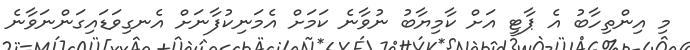
މި އިންތިހާބު އެ ޕާޓީ އަށް ކާމިޔާބު ނުވާނެ ކަމަށް އެމަނިކުފާނަށް އެނގިވަޑައިގަންނަވާނެ